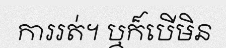
ការរត់។ ឬក៏បើមិន